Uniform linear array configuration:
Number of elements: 24
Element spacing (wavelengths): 0.75
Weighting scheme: cosine
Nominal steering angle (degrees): -45
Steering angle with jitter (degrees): -43.335
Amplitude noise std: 0.05
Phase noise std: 0.05

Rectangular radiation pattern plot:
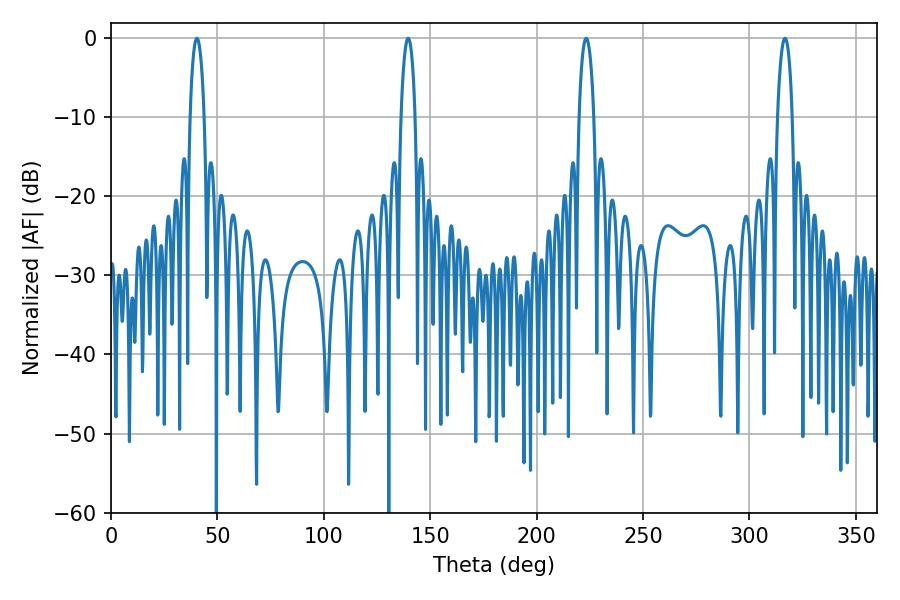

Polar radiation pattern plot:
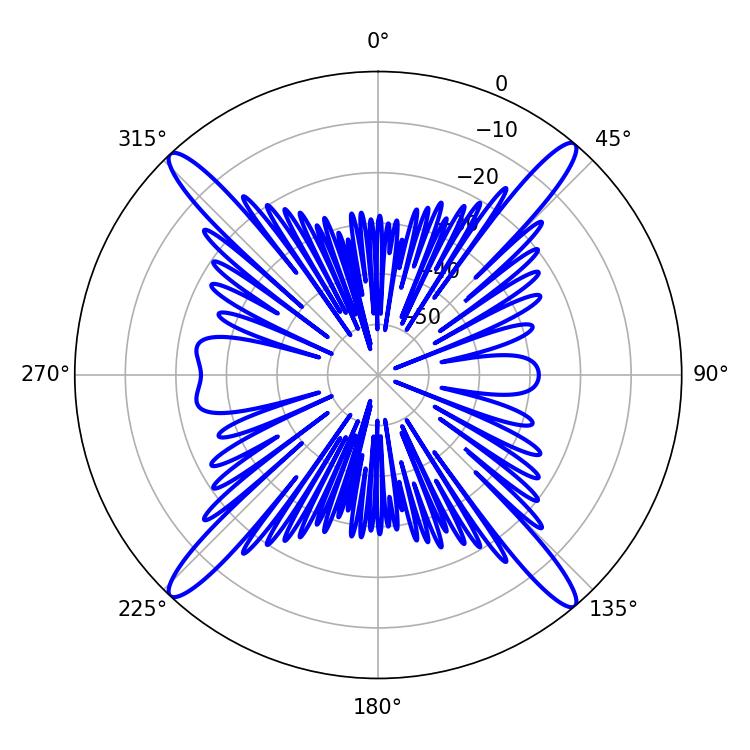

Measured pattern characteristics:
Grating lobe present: TRUE
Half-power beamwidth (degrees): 3.78
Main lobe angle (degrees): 40.32